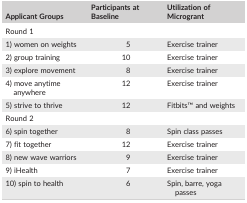
| Applicant Groups | Participants at Baseline | Utilization of Microgrant |
 | --- | --- | --- |
 | Round 1 |  |  |
 | 1) women on weights | 5 | Exercise trainer |
 | 2) group training | 10 | Exercise trainer |
 | 3) explore movement | 8 | Exercise trainer |
 | 4) move anytime anywhere | 12 | Exercise trainer |
 | 5) strive to thrive | 12 | FitbitsTM and weights |
 | <COLSPAN=3> Round 2 |
 | 6) spin together | 8 | Spin class passes |
 | 7) fit together | 12 | Exercise trainer |
 | 8) new wave warriors | 9 | Exercise trainer |
 | 9) iHealth | 7 | Exercise trainer |
 | 10) spin to health | 6 | Spin, barre, yoga passes |